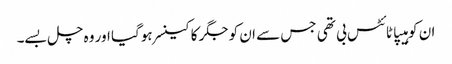
ان کو ہیپاٹائٹس بی تھی جس سے ان کو جگر کا کینسر ہوگیا اور وہ چل بسے۔